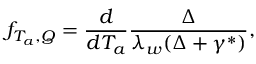
f _ { T _ { a } , Q } = \frac { d } { d T _ { a } } \frac { \Delta } { \lambda _ { w } ( \Delta + \gamma ^ { * } ) } ,